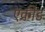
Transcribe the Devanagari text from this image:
एक्रीड